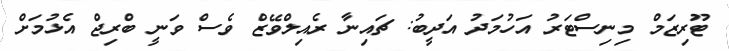
ޓޫރިޒަމް މިނިސްޓަރު އަހުމަދު އަދީބު: ޗައިނާ ރެއިލްވޭޒް ވެސް ވަނީ ބްރިޖް އެޅުމަށް